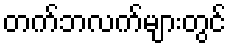
တက်ဘလက်များတွင်